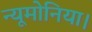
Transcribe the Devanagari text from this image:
न्यूमोनिया।